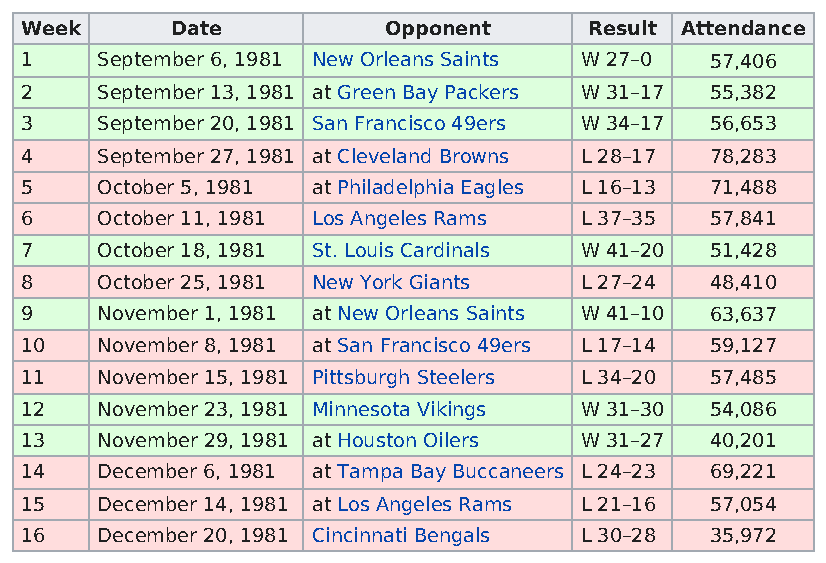
Week      Date          Opponent      Result Attendance
 1    September 6, 1981 New Orleans Saints W 27–0 57,406
 2    September 13, 1981 at Green Bay Packers W 31–17 55,382
 3    September 20, 1981 San Francisco 49ers W 34–17 56,653
 4    September 27, 1981 at Cleveland Browns L 28–17 78,283
 5    October 5, 1981 at Philadelphia Eagles L 16–13 71,488
 6    October 11, 1981 Los Angeles Rams L 37–35 57,841
 7    October 18, 1981 St. Louis Cardinals W 41–20 51,428
 8    October 25, 1981 New York Giants L 27–24 48,410
 9    November 1, 1981 at New Orleans Saints W 41–10 63,637
 10   November 8, 1981 at San Francisco 49ers L 17–14 59,127
 11   November 15, 1981 Pittsburgh Steelers L 34–20 57,485
 12   November 23, 1981 Minnesota Vikings W 31–30 54,086
 13   November 29, 1981 at Houston Oilers W 31–27 40,201
 14   December 6, 1981 at Tampa Bay Buccaneers L 24–23 69,221
 15   December 14, 1981 at Los Angeles Rams L 21–16 57,054
 16   December 20, 1981 Cincinnati Bengals L 30–28 35,972